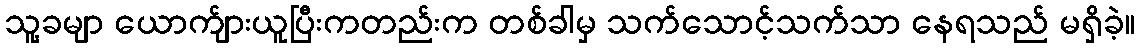
သူ့ခမျာ ယောက်ျားယူပြီးကတည်းက တစ်ခါမှ သက်သောင့်သက်သာ နေရသည် မရှိခဲ့။